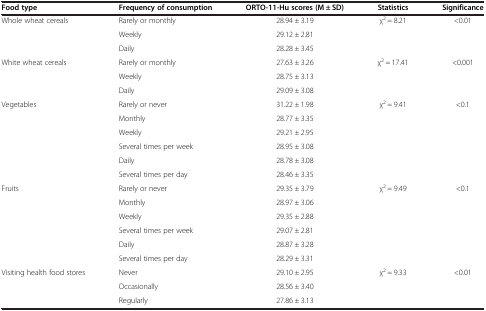
<table><thead><tr><td><b>Food type</b></td><td><b>Frequency of consumption</b></td><td><b>ORTO-11-Hu scores (M ± SD)</b></td><td><b>Statistics</b></td><td><b>Significance</b></td></tr></thead><tbody><tr><td>Whole wheat cereals</td><td>Rarely or monthly</td><td>28.94 ± 3.19</td><td>χ<sup>2</sup> = 8.21</td><td>&lt;0.01</td></tr><tr><td> </td><td>Weekly</td><td>29.12 ± 2.81</td><td> </td><td> </td></tr><tr><td> </td><td>Daily</td><td>28.28 ± 3.45</td><td> </td><td> </td></tr><tr><td>White wheat cereals</td><td>Rarely or monthly</td><td>27.63 ± 3.26</td><td>χ<sup>2</sup> = 17.41</td><td>&lt;0.001</td></tr><tr><td> </td><td>Weekly</td><td>28.75 ± 3.13</td><td> </td><td> </td></tr><tr><td> </td><td>Daily</td><td>29.09 ± 3.08</td><td> </td><td> </td></tr><tr><td>Vegetables</td><td>Rarely or never</td><td>31.22 ± 1.98</td><td>χ<sup>2</sup> = 9.41</td><td>&lt;0.1</td></tr><tr><td> </td><td>Monthly</td><td>28.77 ± 3.35</td><td> </td><td> </td></tr><tr><td> </td><td>Weekly</td><td>29.21 ± 2.95</td><td> </td><td> </td></tr><tr><td> </td><td>Several times per week</td><td>28.95 ± 3.08</td><td> </td><td> </td></tr><tr><td> </td><td>Daily</td><td>28.78 ± 3.08</td><td> </td><td> </td></tr><tr><td> </td><td>Several times per day</td><td>28.46 ± 3.35</td><td> </td><td> </td></tr><tr><td>Fruits</td><td>Rarely or never</td><td>29.35 ± 3.79</td><td>χ<sup>2</sup> = 9.49</td><td>&lt;0.1</td></tr><tr><td> </td><td>Monthly</td><td>28.97 ± 3.06</td><td> </td><td> </td></tr><tr><td> </td><td>Weekly</td><td>29.35 ± 2.88</td><td> </td><td> </td></tr><tr><td> </td><td>Several times per week</td><td>29.07 ± 2.81</td><td> </td><td> </td></tr><tr><td> </td><td>Daily</td><td>28.87 ± 3.28</td><td> </td><td> </td></tr><tr><td> </td><td>Several times per day</td><td>28.29 ± 3.31</td><td> </td><td> </td></tr><tr><td>Visiting health food stores</td><td>Never</td><td>29.10 ± 2.95</td><td>χ<sup>2</sup> = 9.33</td><td>&lt;0.01</td></tr><tr><td> </td><td>Occasionally</td><td>28.56 ± 3.40</td><td> </td><td> </td></tr><tr><td> </td><td>Regularly</td><td>27.86 ± 3.13</td><td> </td><td> </td></tr></tbody></table>